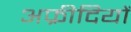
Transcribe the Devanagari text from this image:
अफ्रीदियों